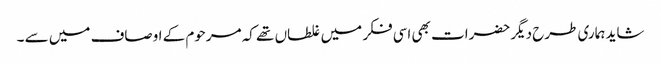
شاید ہماری طرح دیگر حضرات بھی اسی فکر میں غلطاں تھے کہ مرحوم کے اوصاف میں سے ۔